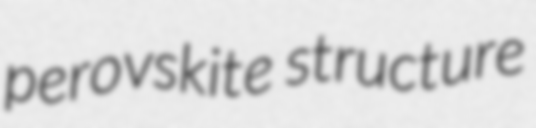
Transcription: perovskite structure